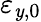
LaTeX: \varepsilon_{\mathit{y},0}